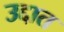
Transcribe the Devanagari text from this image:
उद्दात